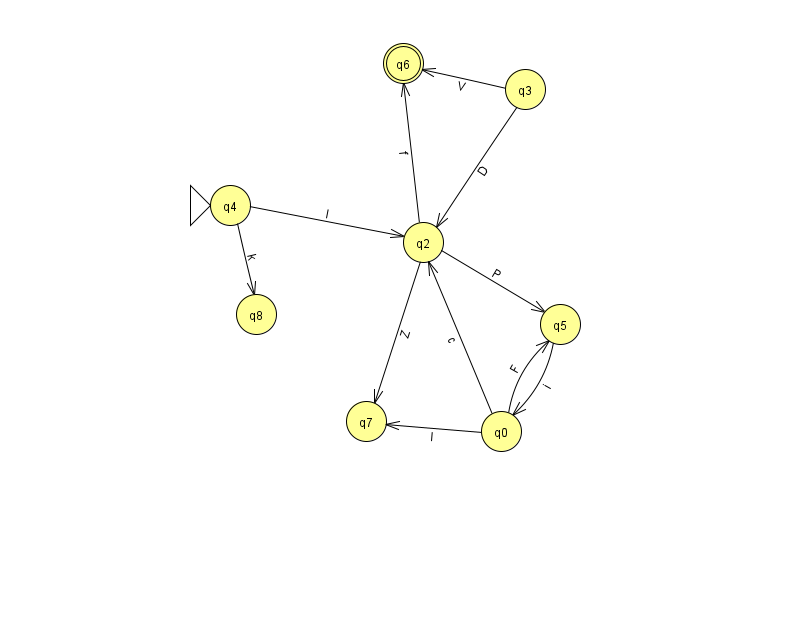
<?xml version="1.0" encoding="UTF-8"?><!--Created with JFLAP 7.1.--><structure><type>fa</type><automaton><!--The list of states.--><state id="0" name="q0"><x>501.0</x><y>418.0</y></state><state id="2" name="q2"><x>423.0</x><y>229.0</y></state><state id="3" name="q3"><x>525.0</x><y>76.0</y></state><state id="4" name="q4"><x>230.0</x><y>192.0</y><initial/></state><state id="5" name="q5"><x>560.0</x><y>311.0</y></state><state id="6" name="q6"><x>403.0</x><y>50.0</y><final/></state><state id="7" name="q7"><x>366.0</x><y>408.0</y></state><state id="8" name="q8"><x>256.0</x><y>301.0</y></state><!--The list of transitions.--><transition><from>4</from><to>8</to><read>k</read></transition><transition><from>0</from><to>2</to><read>c</read></transition><transition><from>3</from><to>6</to><read>V</read></transition><transition><from>4</from><to>2</to><read>I</read></transition><transition><from>2</from><to>5</to><read>P</read></transition><transition><from>3</from><to>2</to><read>D</read></transition><transition><from>0</from><to>5</to><read>F</read></transition><transition><from>2</from><to>6</to><read>f</read></transition><transition><from>2</from><to>7</to><read>Z</read></transition><transition><from>5</from><to>0</to><read>i</read></transition><transition><from>0</from><to>7</to><read>l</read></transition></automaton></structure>